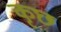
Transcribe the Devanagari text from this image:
कृछ